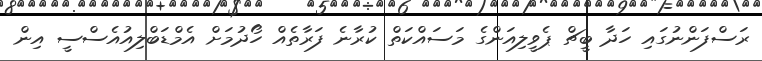
ރަސްފަންނުގައި ހަދާ ބީޗް ޕެވީލިއަންގެ މަސައްކަތް ކުރާނެ ފަރާތެއް ހޯދުމަށް އެމްޑަބްލިއުއެސްސީ އިން